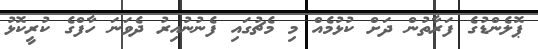
ޕޮލެންޑުގެ ފަރާތުން ދަށް ކުޅުމެއް މި މެެޗުގައި ފެނުނުއިރު ދެވަނަ ހާފްގެ ކުރީކޮޅު